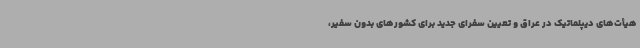
هیأت‌های دیپلماتیک در عراق و تعیین سفرای جدید برای کشورهای بدون سفیر،